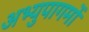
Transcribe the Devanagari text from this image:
अभ्युपागमों